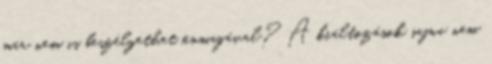
már nem is beszélgethet önmagával? A kiáltozások sajna nem